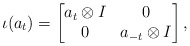
\begin{align*}\iota(a_t)=\begin{bmatrix} a_t\otimes I & 0 \\ 0 & a_{-t}\otimes I \end{bmatrix},\end{align*}